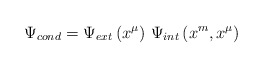
\begin{align*}\Psi _{cond}=\Psi _{ext}\left( x^{\mu }\right) \,\Psi _{int}\left(x^{m},x^{\mu }\right)\end{align*}